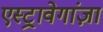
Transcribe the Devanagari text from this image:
एस्ट्रावेगांज़ा